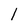
Character: l